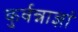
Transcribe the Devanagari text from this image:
कुर्वन्नाज्ञां